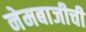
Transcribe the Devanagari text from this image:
नेमबाजीची